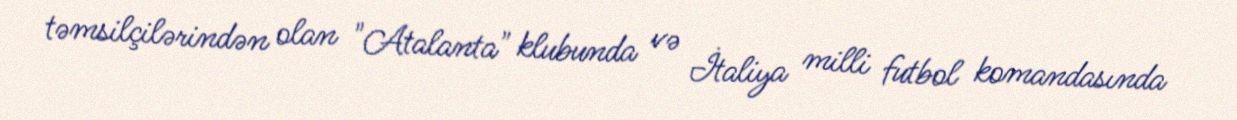
təmsilçilərindən olan "Atalanta" klubunda və İtaliya milli futbol komandasında